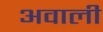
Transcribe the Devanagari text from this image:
अवाली